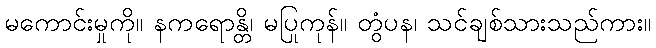
မကောင်းမှုကို။ နကရောန္တိ၊ မပြုကုန်။ တွံပန၊ သင်ချစ်သားသည်ကား။